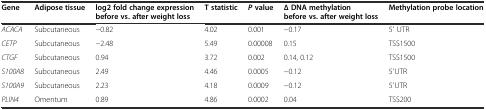
<table><thead><tr><td><b>Gene</b></td><td><b>Adipose tissue</b></td><td><b>log2 fold change expression before vs. after weight loss</b></td><td><b>T statistic</b></td><td><b><i>P</i>value</b></td><td><b>∆ DNA methylation before vs. after weight loss</b></td><td><b>Methylation probe location</b></td></tr></thead><tbody><tr><td><i>ACACA</i></td><td>Subcutaneous</td><td>−0.82</td><td>4.02</td><td>0.001</td><td>−0.17</td><td>5′ UTR</td></tr><tr><td><i>CETP</i></td><td>Subcutaneous</td><td>−2.48</td><td>5.49</td><td>0.00008</td><td>0.15</td><td>TSS1500</td></tr><tr><td><i>CTGF</i></td><td>Subcutaneous</td><td>0.94</td><td>3.72</td><td>0.002</td><td>0.14, 0.12</td><td>TSS1500</td></tr><tr><td><i>S100A8</i></td><td>Subcutaneous</td><td>2.49</td><td>4.46</td><td>0.0005</td><td>−0.12</td><td>5′UTR</td></tr><tr><td><i>S100A9</i></td><td>Subcutaneous</td><td>2.23</td><td>4.18</td><td>0.0009</td><td>−0.12</td><td>5′UTR</td></tr><tr><td><i>PLIN4</i></td><td>Omentum</td><td>0.89</td><td>4.86</td><td>0.0002</td><td>0.04</td><td>TSS200</td></tr></tbody></table>